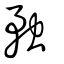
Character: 䂈